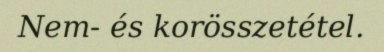
Nem- és korösszetétel.